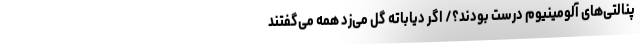
پنالتی‌های آلومینیوم درست بودند؟/ اگر دیاباته گل می‌زد همه می‌گفتند